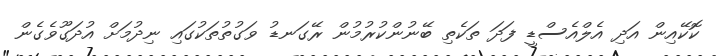
ކޮކޭއިން އަދި އެލްއެސްޑީ ފަދަ ތަކެތި ބޭނުންކުރުމުން ރޭގަނޑު ވަގުތުތަކުގައި ނިދުމަށް އުދަގޫވެގެން